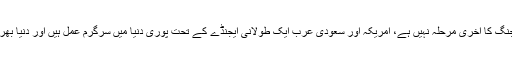
عالمی برادری کو اس حقیقت سے نظریں نہیں چرانی چاہیے کہ الحدیدہ اس جنگ کا آخری مرحلہ نہیں ہے، امریکہ اور سعودی عرب ایک طولانی ایجنڈے کے تحت پوری دنیا میں سرگرمِ عمل ہیں اور دنیا بھر میں ہونے والی انسانی ہلاکتوں کے پیچھے ان دونوں ممالک کا ہی ہاتھ ہے۔